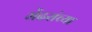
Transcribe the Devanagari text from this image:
मेंढरांच्या